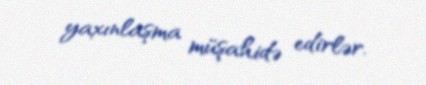
yaxınlaşma müşahidə edirlər.